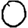
Digit: 0